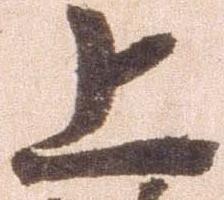
上